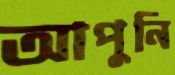
আপুনি